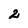
Character: 2